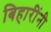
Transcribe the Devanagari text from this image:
बिहारींनी